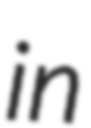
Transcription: in